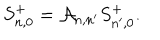
S _ { n , 0 } ^ { + } = { \cal A } _ { n , n ^ { \prime } } S _ { n ^ { \prime } , 0 } ^ { + } .